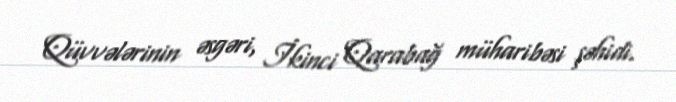
Qüvvələrinin əsgəri, İkinci Qarabağ müharibəsi şəhidi.